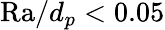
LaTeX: \mathrm{Ra}/d_{p}<0.05